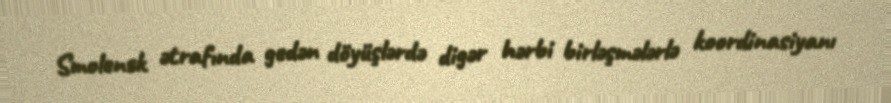
Smolensk ətrafında gedən döyüşlərdə digər hərbi birləşmələrlə koordinasiyanı